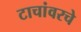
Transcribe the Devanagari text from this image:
टाचांवरचे